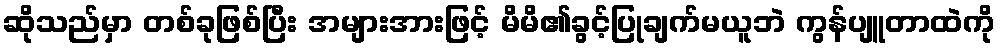
ဆိုသည်မှာ တစ်ခုဖြစ်ပြီး အများအားဖြင့် မိမိ၏ခွင့်ပြုချက်မယူဘဲ ကွန်ပျူတာထဲကို